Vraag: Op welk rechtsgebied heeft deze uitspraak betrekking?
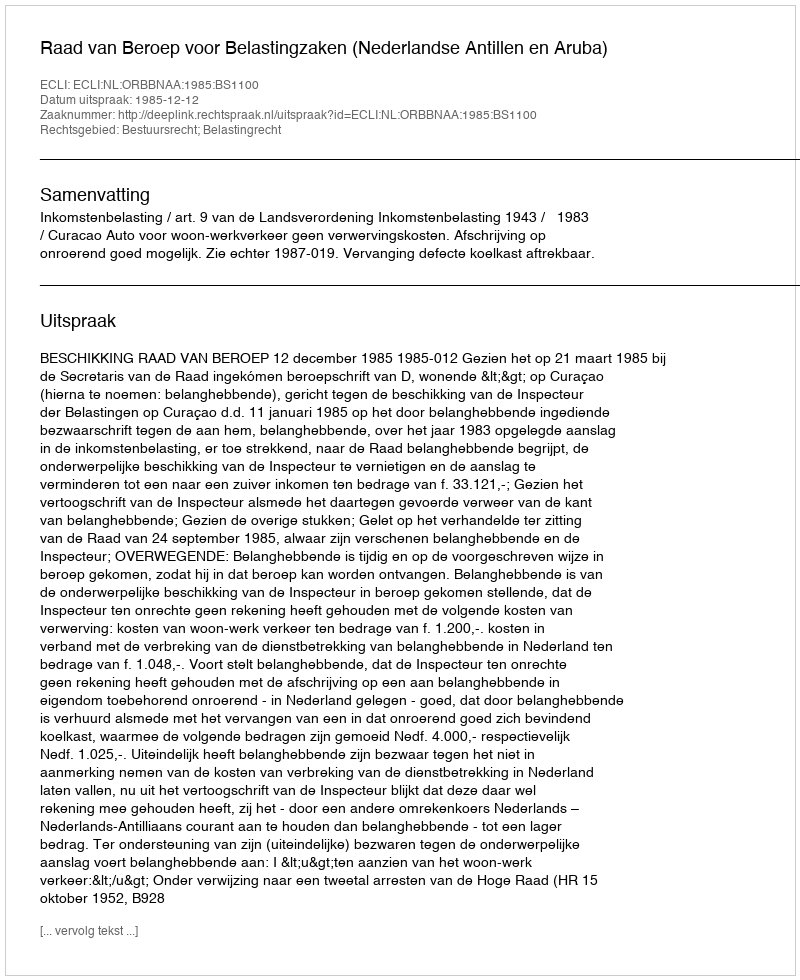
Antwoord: Bestuursrecht; Belastingrecht